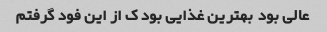
عالی بود ‌ بهترین غذایی بود ک از این فود گرفتم